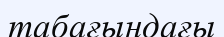
табағындағы